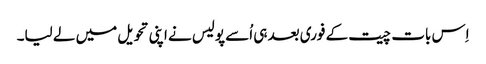
اِس بات چیت کے فوری بعد ہی اُسے پولیس نے اپنی تحویل میں لے لیا۔